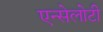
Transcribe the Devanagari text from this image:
एन्सेलोटी